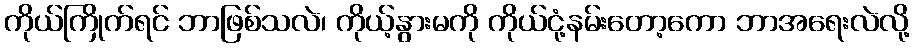
ကိုယ်ကြိုက်ရင် ဘာဖြစ်သလဲ၊ ကိုယ့်နွားမကို ကိုယ်ငုံ့နမ်းတော့ကော ဘာအရေးလဲလို့